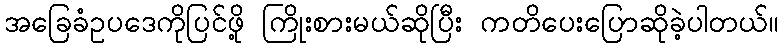
အခြေခံဥပဒေကိုပြင်ဖို့ ကြိုးစားမယ်ဆိုပြီး ကတိပေးပြောဆိုခဲ့ပါတယ်။